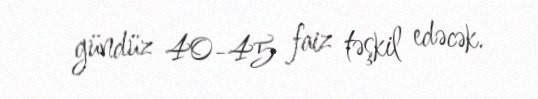
gündüz 40-45 faiz təşkil edəcək.